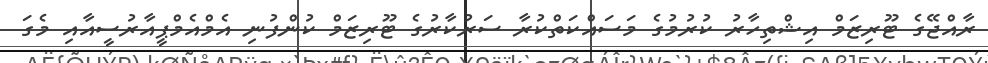
ރާއްޖޭގެ ޓޫރިޒަމް އިޝްތިހާރު ކުރުމުގެ މަސައްކަތްކުރާ ސަރުކާރުގެ ޓޫރިޒަމް ކުންފުނި އެމްއެމްޕީއާރުސީއާއި މެގަ